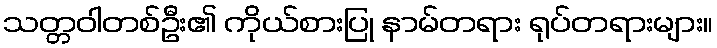
သတ္တဝါတစ်ဦး၏ ကိုယ်စားပြု နာမ်တရား ရုပ်တရားများ။